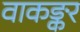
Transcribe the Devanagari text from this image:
वाकङ्कर